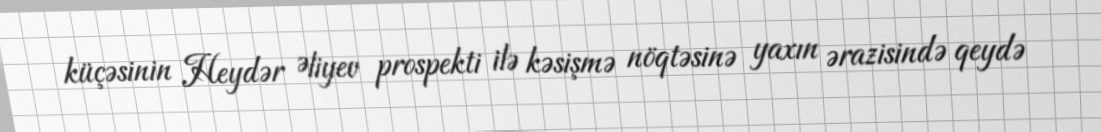
küçəsinin Heydər Əliyev prospekti ilə kəsişmə nöqtəsinə yaxın ərazisində qeydə